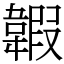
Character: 䪗